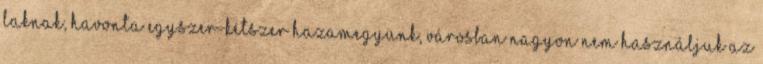
laknak, havonta egyszer-kétszer hazamegyünk, városban nagyon nem használjuk az